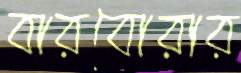
বারবোরার